65_HS1-834228961_62-HQ-83894_Serial_164
Agency: FBI
Page 44
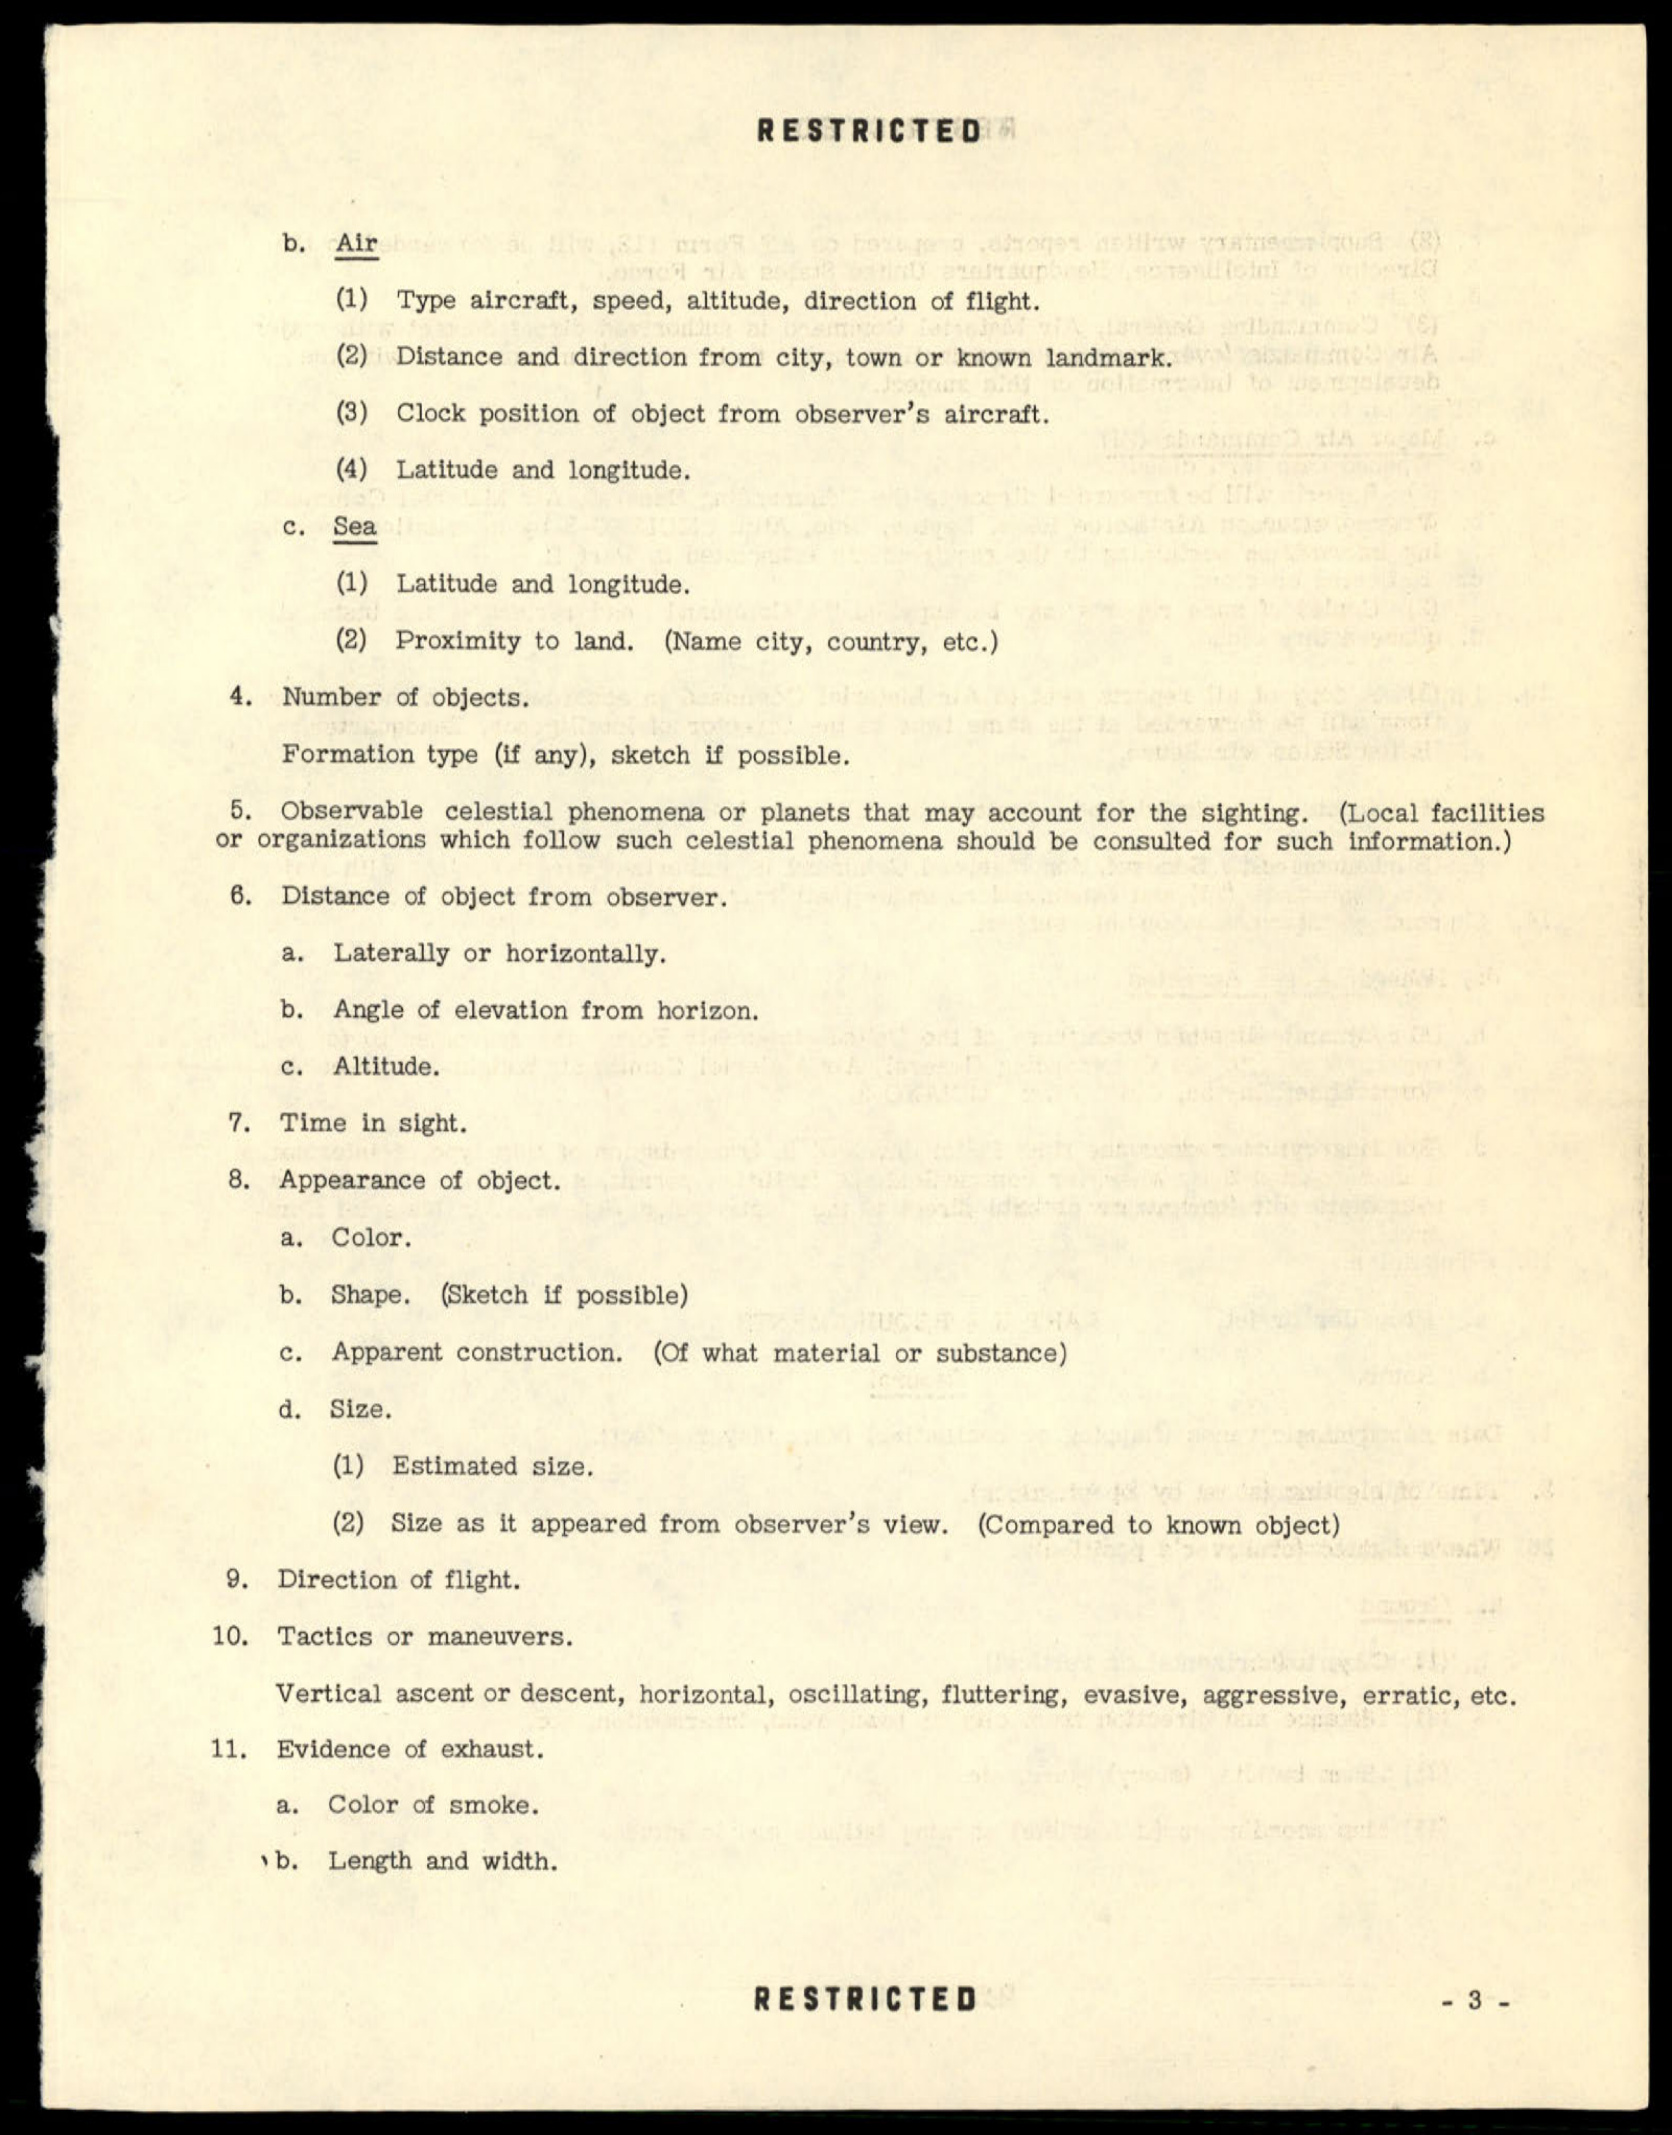